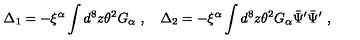
\Delta _ { 1 } = - \xi ^ { \alpha } \int d ^ { 8 } z \theta ^ { 2 } G _ { \alpha } \ , \quad \Delta _ { 2 } = - \xi ^ { \alpha } \int d ^ { 8 } z \theta ^ { 2 } G _ { \alpha } \bar { \Psi } ^ { \prime } \bar { \Psi } ^ { \prime } \ ,